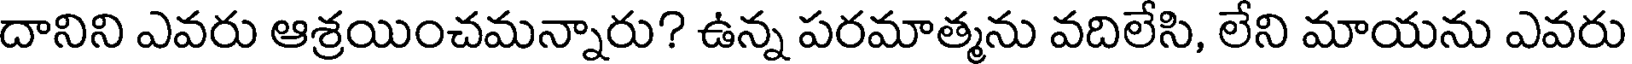
దానిని ఎవరు ఆశ్రయించమన్నారు? ఉన్న పరమాత్మను వదిలేసి, లేని మాయను ఎవరు